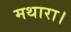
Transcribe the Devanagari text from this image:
मथारा।